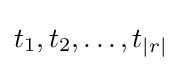
t_{1},t_{2},\ldots ,t_{|r|}